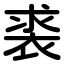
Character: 裘